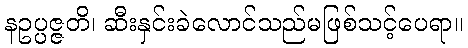
နဥပ္ပဇ္ဇတိ၊ ဆီးနှင်းခဲလောင်သည်မဖြစ်သင့်ပေရာ။